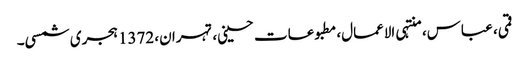
قمی، عباس، منتہی الاعمال، مطبوعات حسینی، تہران، 1372 ہجری شمسی۔